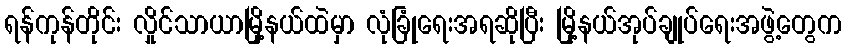
ရန်ကုန်တိုင်း လှိုင်သာယာမြို့နယ်ထဲမှာ လုံခြုံရေးအရဆိုပြီး မြို့နယ်အုပ်ချုပ်ရေးအဖွဲ့တွေက